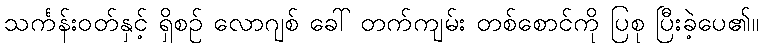
သင်္ကန်းဝတ်နှင့် ရှိစဉ် လောဂျစ် ခေါ် တက်ကျမ်း တစ်စောင်ကို ပြစု ပြီးခဲ့ပေ၏။